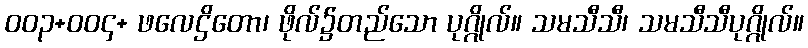
ဝဝ၃+ဝဝ၄+ ဖလေဌိတော၊ ဖိုလ်၌တည်သော ပုဂ္ဂိုလ်။ သမသီသီ၊ သမသီသီပုဂ္ဂိုလ်။